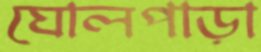
ঘোলপাড়া